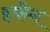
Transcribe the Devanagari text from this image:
हर्फंग